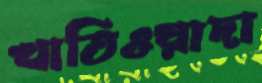
খাতিওয়াদা